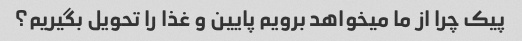
پیک چرا از ما میخواهد برویم پایین و غذا را تحویل بگیریم؟